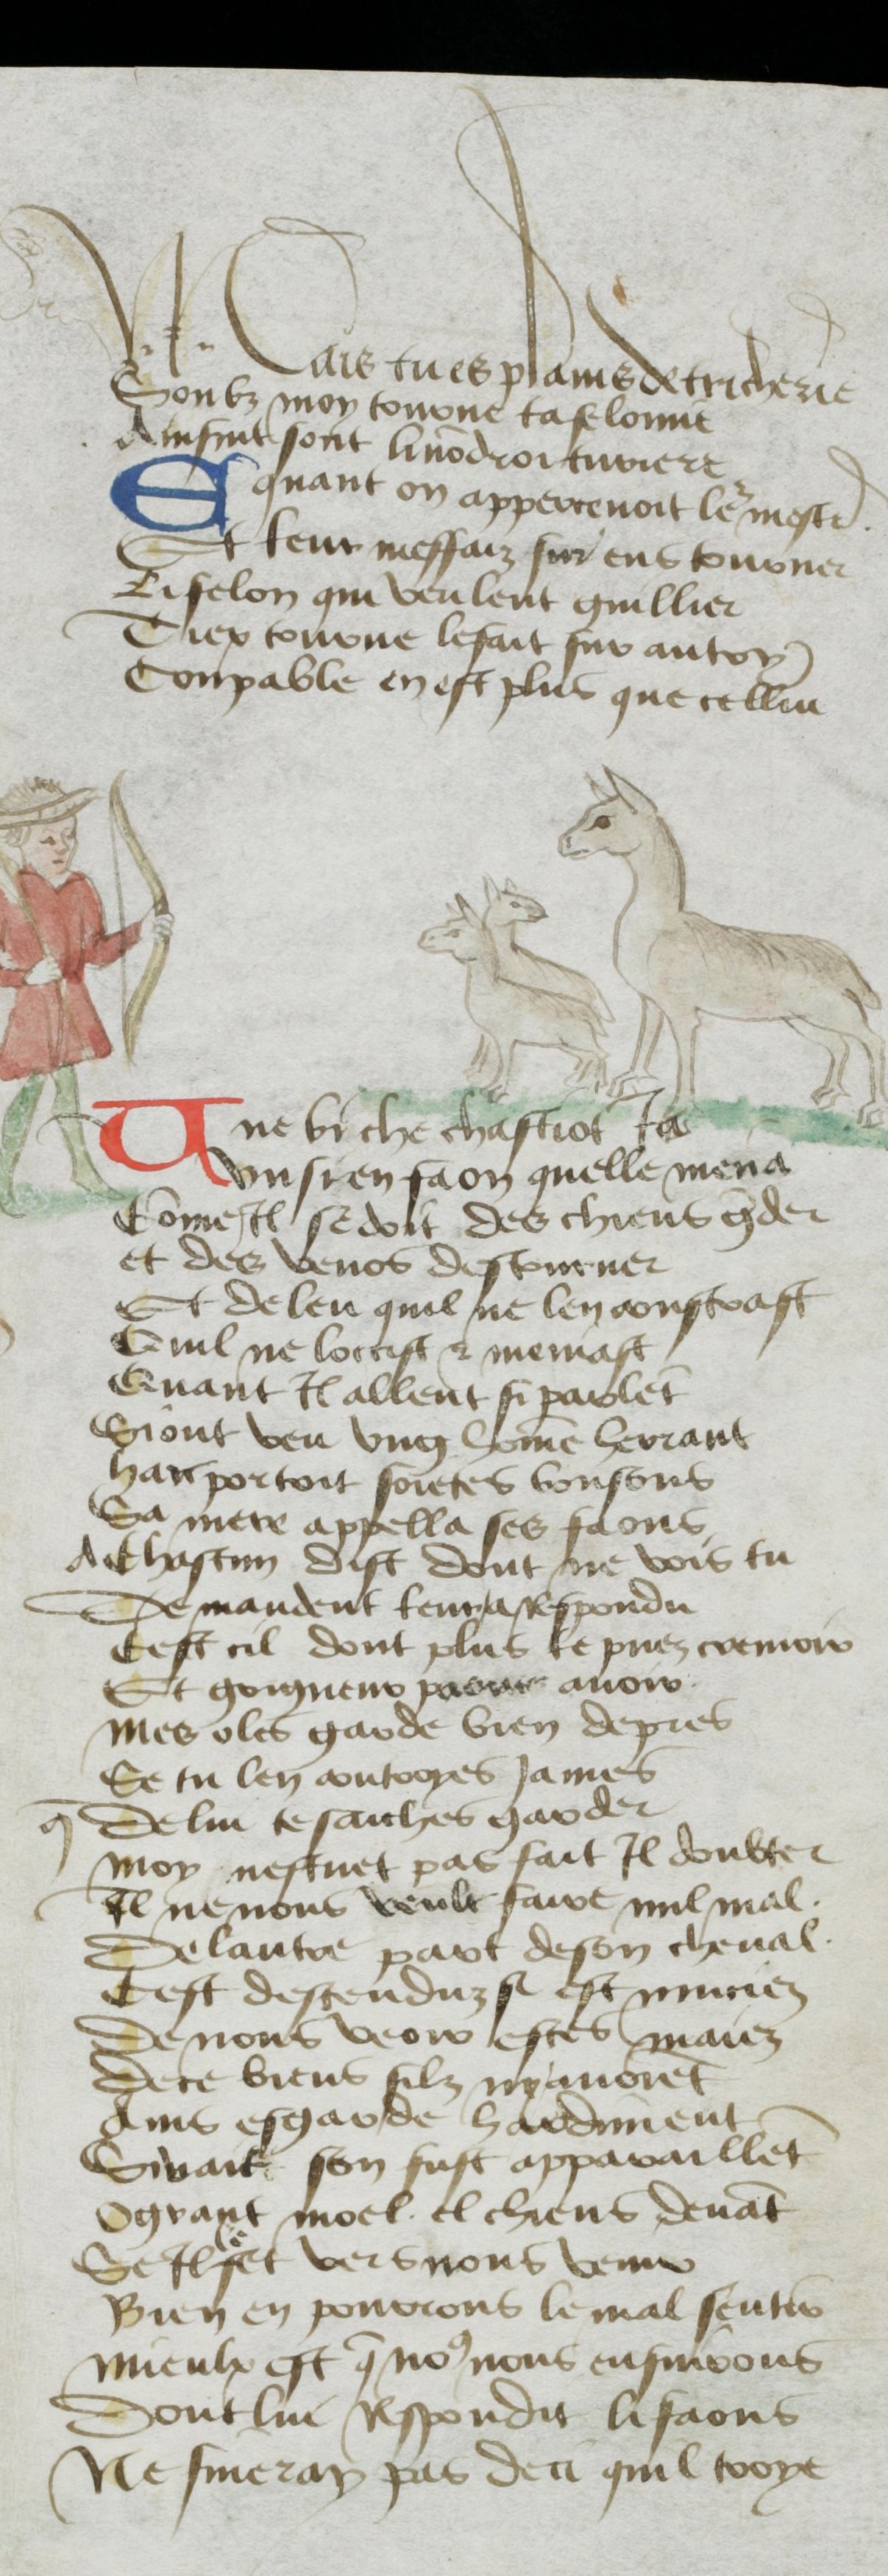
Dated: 1400–1499